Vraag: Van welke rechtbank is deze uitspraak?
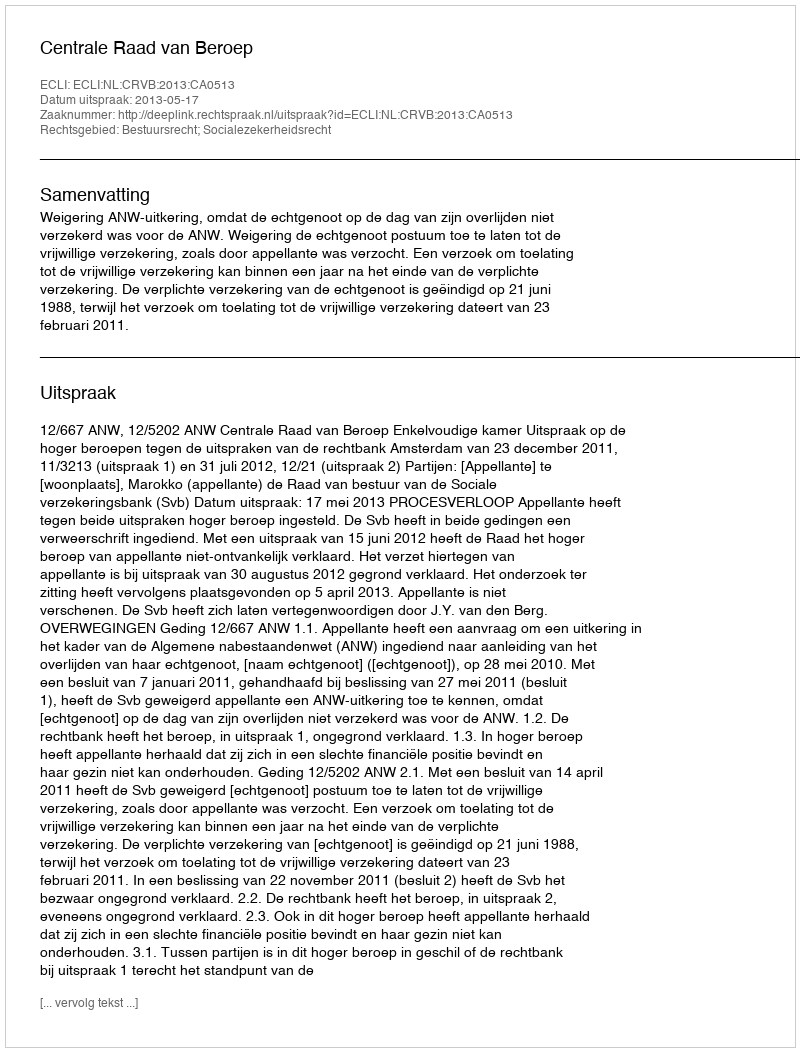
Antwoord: Centrale Raad van Beroep